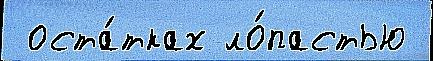
 оста́тках ло́пастью